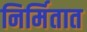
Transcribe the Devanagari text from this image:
निर्मितात